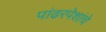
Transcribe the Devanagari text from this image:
पांढरपेशांचे